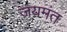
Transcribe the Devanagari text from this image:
जयमंत